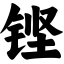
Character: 铿